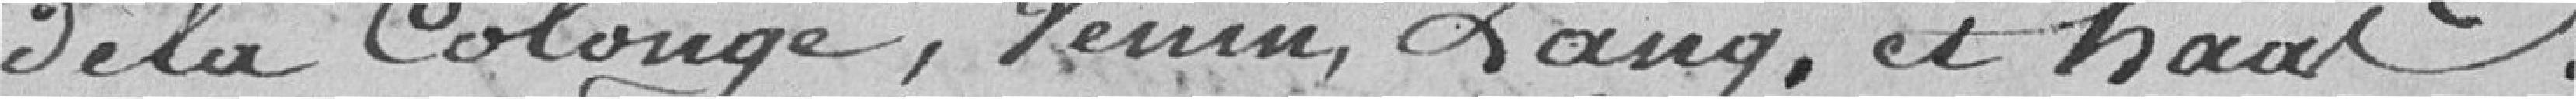
de la Colonge, Venin, Lang et